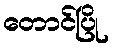
တောင်ပြို